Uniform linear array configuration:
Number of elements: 32
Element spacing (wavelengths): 0.75
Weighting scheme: exponential
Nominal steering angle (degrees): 45
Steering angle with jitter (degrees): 44.162
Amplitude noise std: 0.05
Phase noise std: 0.05

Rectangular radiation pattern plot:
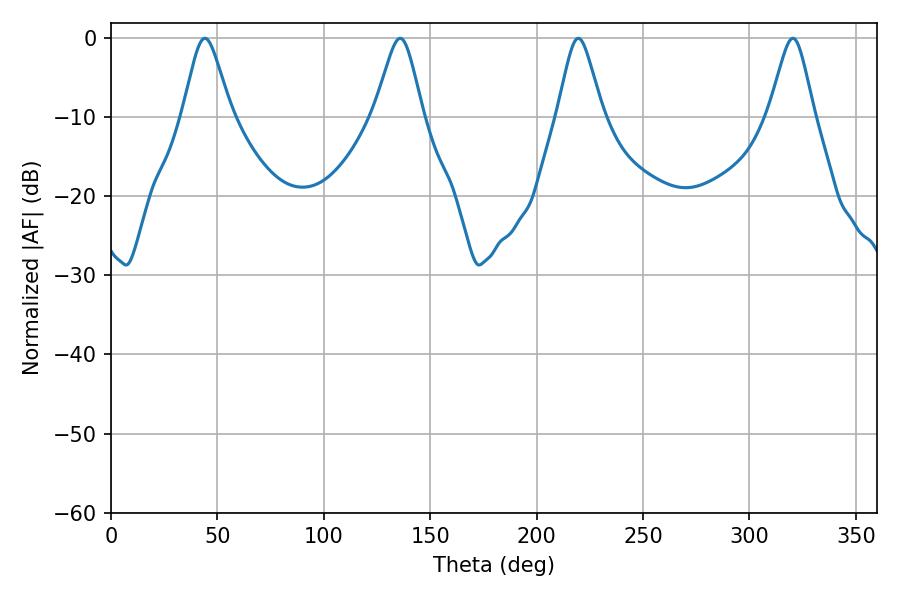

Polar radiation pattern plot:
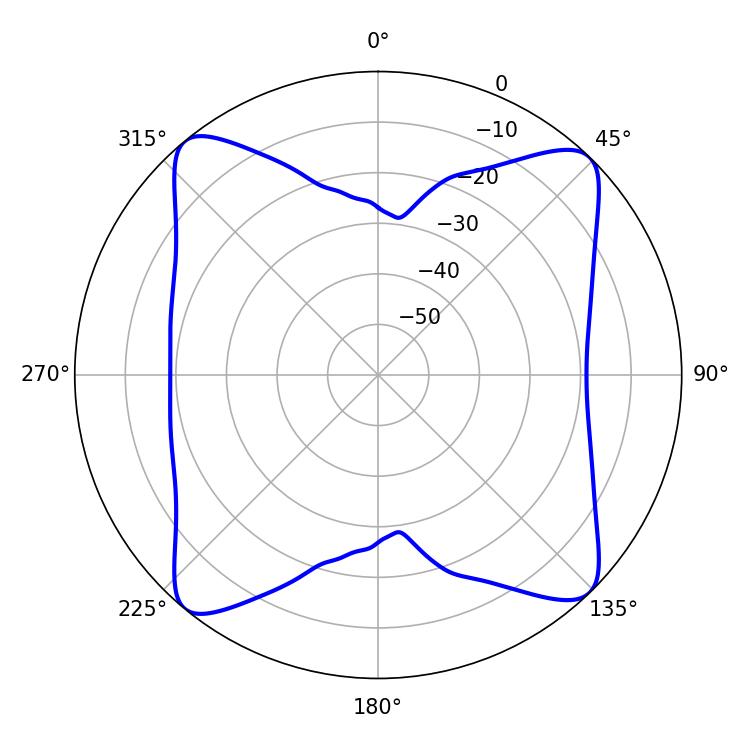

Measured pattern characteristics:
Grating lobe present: TRUE
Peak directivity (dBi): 16.261
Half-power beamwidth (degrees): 10.98
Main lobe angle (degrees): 44.1